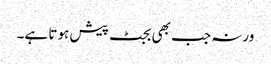
ورنہ جب بھی بجٹ پیش ہوتا ہے۔